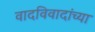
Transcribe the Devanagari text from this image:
वादविवादांच्या